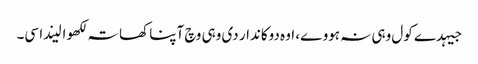
جیہدے کول وہی نہ ہووے، اوہ دوکاندار دی وہی وچ آپنا کھاتہ لکھوا لیندا سی۔